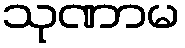
သုဏာမ